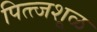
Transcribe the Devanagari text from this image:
पित्त्जशूळ